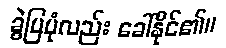
ခွဲပြပုံလည်း ခေါ်နိုင်၏။